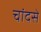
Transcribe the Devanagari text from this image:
चांदसे